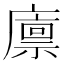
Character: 廪